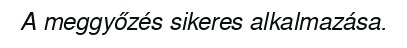
A meggyőzés sikeres alkalmazása.